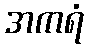
အကရံ